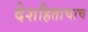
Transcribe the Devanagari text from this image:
देशहिताचाच